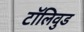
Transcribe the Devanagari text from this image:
टॉलिवुड